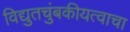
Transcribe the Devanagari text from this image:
विद्युतचुंबकीयत्वाचा